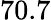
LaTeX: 70.7